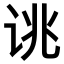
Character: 𫍥